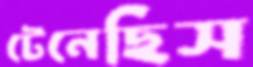
টেনেছিস